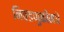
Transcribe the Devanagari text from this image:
निवडणुकीमधे